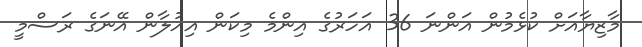
މާޒިޔާއަށް ކުޅެމުން އަންނަ 36 އަހަރުގެ އިންމެ މިކަން އިއުލާން އޭނަގެ ރަސްމީ